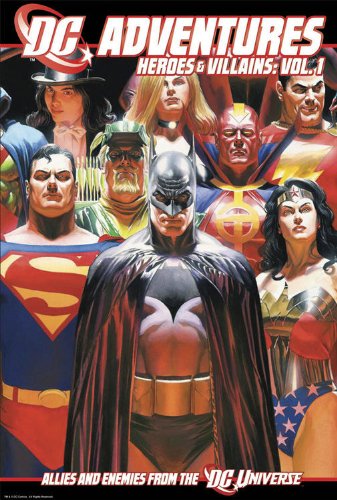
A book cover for DC Adventures RPG Heroes & Villains Volume 1; Darren Bulmer; Science Fiction & Fantasy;